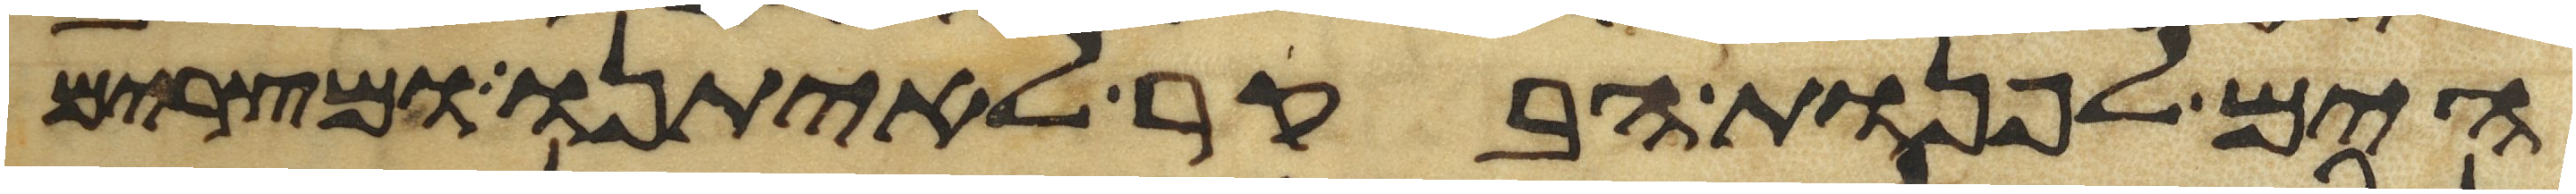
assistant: הים לפנות הבקר לאיתנו ומצרים